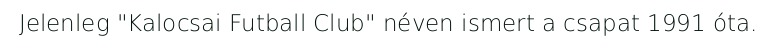
Jelenleg "Kalocsai Futball Club" néven ismert a csapat 1991 óta.